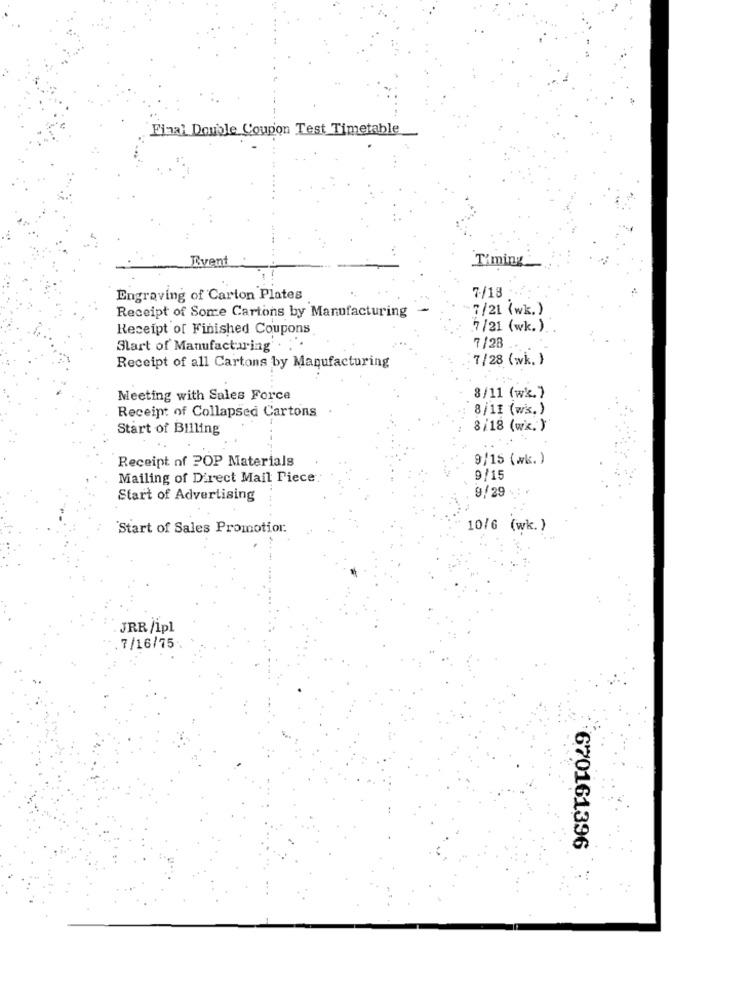
Final Double Coupon Test Timetable
Event
Timing
Engraving of Carton Plates
7/18
-7/21 (wk.)
Receipt of Some Cartons by Manufacturing
Receipt of Finished Coupons
7/21 (wk.)
Start of Manufacturing
7/28
Receipt of all Cartons by Manufacturing
7/28 (wk. }
Meeting with Sales Force
8/11 (wk.)
Receipt of Collapsed Cartons
8/11 (wk.)
Start of Billing
8/18 (wx. )
Receipt of POP Materials
9/15 (wk. )
Mailing of Direct Mail Piece
9/15
9/29
Start of Advertising
Start of Sales Promotion.
10/6 (wk.)
JRR/1pl
7/16/75
670161396